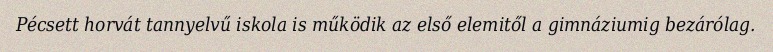
Pécsett horvát tannyelvű iskola is működik az első elemitől a gimnáziumig bezárólag.